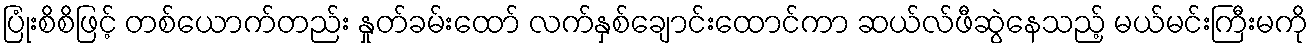
ပြုံးစိစိဖြင့် တစ်ယောက်တည်း နှုတ်ခမ်းထော် လက်နှစ်ချောင်းထောင်ကာ ဆယ်လ်ဖီဆွဲနေသည့် မယ်မင်းကြီးမကို